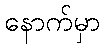
နောက်မှာ